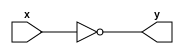
module not_gate(input x,output y);
  always @(x)
    y=~x;
endmodule